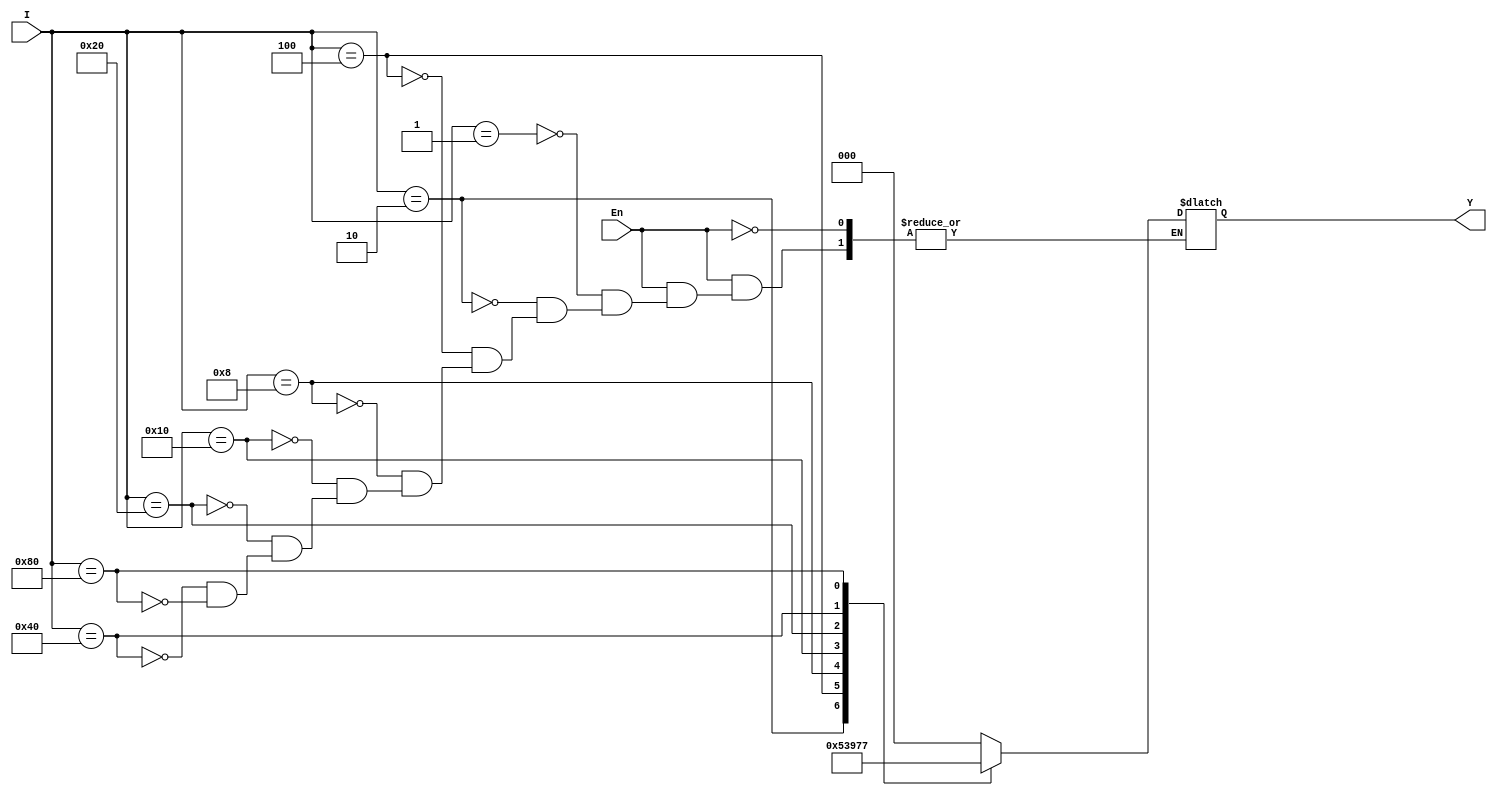
module encoder_8_3(I,En,Y);

        input [7:0] I;
        input En;
        output reg [2:0] Y;
        
        always@(I or En)
        begin
            if(En)
                case(I)
                8'b0000_0001: Y = 3'd0;
                8'b0000_0010: Y = 3'd1;
                8'b0000_0100: Y = 3'd2;
                8'b0000_1000: Y = 3'd3;
                8'b0001_0000: Y = 3'd4;
                8'b0010_0000: Y = 3'd5;
                8'b0100_0000: Y = 3'd6;
                8'b1000_0000: Y = 3'd7;
                endcase
            else;
        end     
endmodule